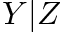
Y | Z